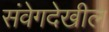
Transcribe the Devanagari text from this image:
संवेगदेखील